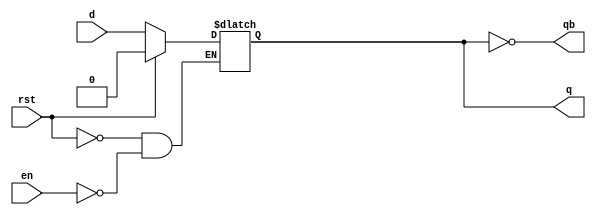
module dlatch(d,en,rst,q,qb);
    input d,en,rst;
    output qb;
    output reg q;   //for memory we need reg
     
     assign qb = ~q;
    //here is latch so no need of clk

    always @(*) begin
        if (rst) begin
            q<=0;
        end
        
        else begin
            if (en) begin
                q<=d;
            end
        end
    end
endmodule